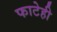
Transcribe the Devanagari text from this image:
फाटेही